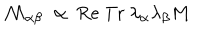
{ \cal M } _ { \alpha \beta } \ \propto \ \mathrm { R e \ T r } \ \lambda _ { \alpha } \lambda _ { \beta } M